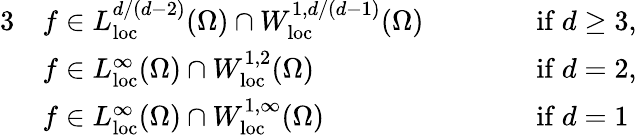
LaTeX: \begin{array}{rlrl}{{3}}&{f\in L_{{\mathrm{loc}}}^{d/(d-2)}(\Omega)\cap W_{\mathrm{loc}}^{1,d/(d-1)}(\Omega)\qquad}&&{\mathrm{if~}d\ge 3,}\\ &{f\in L_{{\mathrm{loc}}}^{\infty}(\Omega)\cap W_{\mathrm{loc}}^{1,2}(\Omega)\qquad}&&{\mathrm{if~}d=2,}\\ &{f\in L_{{\mathrm{loc}}}^{\infty}(\Omega)\cap W_{\mathrm{loc}}^{1,\infty}(\Omega)\qquad}&&{\mathrm{if~}d=1}\end{array}